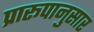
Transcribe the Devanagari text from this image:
प्रारूपानुसार